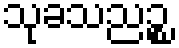
သုခသညဉ္စ